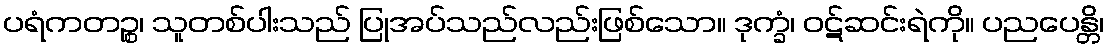
ပရံကတဉ္စ၊ သူတစ်ပါးသည် ပြုအပ်သည်လည်းဖြစ်သော။ ဒုက္ခံ၊ ဝဋ်ဆင်းရဲကို။ ပညပေန္တိ၊